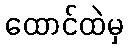
ထောင်ထဲမှ